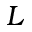
L